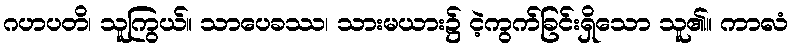
ဂဟပတိ၊ သူကြွယ်။ သာပေခဿ၊ သားမယား၌ ငဲ့ကွက်ခြင်းရှိသော သူ၏။ ကာလံ